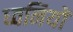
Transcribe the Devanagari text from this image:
ध्‍वनियों